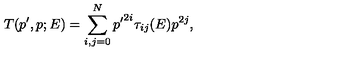
T ( p ^ { \prime } , p ; E ) = \sum _ { i , j = 0 } ^ { N } { p ^ { \prime } } ^ { 2 i } \tau _ { i j } ( E ) p ^ { 2 j } ,